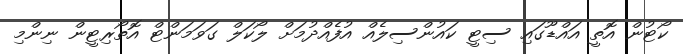
ކޯޓުން އޮތީ އައްޑޫގައި ސިޓީ ކައުންސިލެއް އުފެއްދުމަށް ލޯކަލް ގަވަމަންޓް އޮތޯރިޓީން ނިންމި